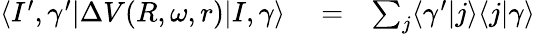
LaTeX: \begin{array}{rlr}{\langle I^{\prime},\gamma^{\prime}|\Delta V(R,\omega,r)|I,\gamma\rangle}&{{}=}&{\sum_{j}\langle\gamma^{\prime}|j\rangle\langle j|\gamma\rangle}\end{array}